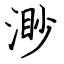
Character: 渺